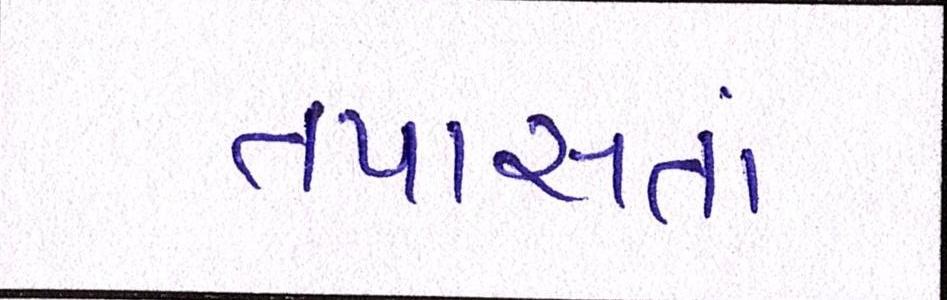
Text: તપાસતાં